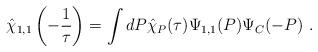
LaTeX: \begin{align*}\hat{\chi}_{1,1} \left(- \frac{1}{\tau}\right) = \int d P \hat{\chi}_{P} (\tau) \Psi_{1,1} (P) \Psi_C (-P) ~.\end{align*}